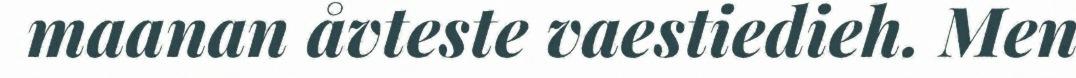
maanan åvteste vaestiedieh. Men